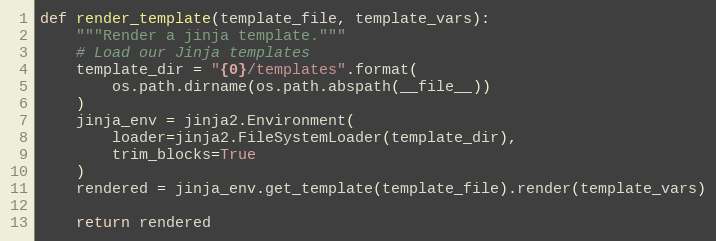
Language: Python
def render_template(template_file, template_vars):
    """Render a jinja template."""
    # Load our Jinja templates
    template_dir = "{0}/templates".format(
        os.path.dirname(os.path.abspath(__file__))
    )
    jinja_env = jinja2.Environment(
        loader=jinja2.FileSystemLoader(template_dir),
        trim_blocks=True
    )
    rendered = jinja_env.get_template(template_file).render(template_vars)

    return rendered